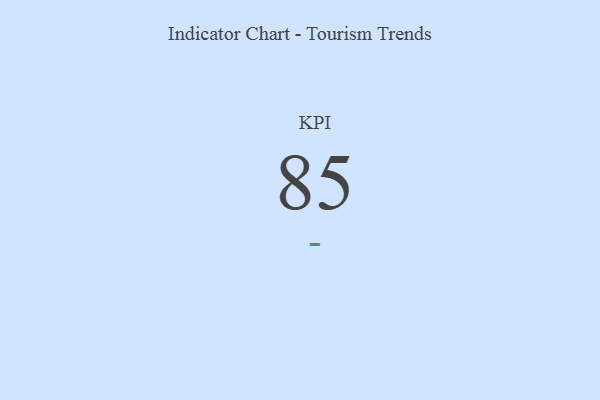
{"axis": {"x": "KPI", "y": "Value"}, "legend": [""], "data": [{"x": "KPI", "y": 85, "type": ""}]}